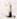
1